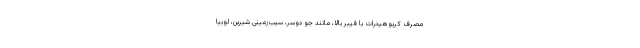
مصرف کربوهیدرات با فیبر بالا، مانند جو دوسر، سیب‌زمینی شیرین، لوبیا